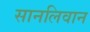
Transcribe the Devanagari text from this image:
सानलिवान